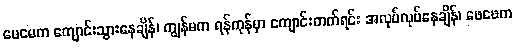
မေမေက ကျောင်းသွားနေချိန်၊ ကျွန်မက ရန်ကုန်မှာ ကျောင်းတက်ရင်း အလုပ်လုပ်နေချိန်၊ ဖေဖေက